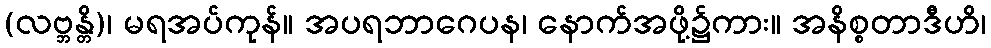
(လဗ္ဘန္တိ)၊ မရအပ်ကုန်။ အပရဘာဂေပန၊ နောက်အဖို့၌ကား။ အနိစ္စတာဒီဟိ၊